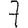
Digit: 7